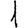
Digit: 1